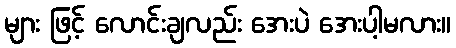
များ ဖြင့် လောင်းချလည်း အေးပဲ အေးပါ့မလား။